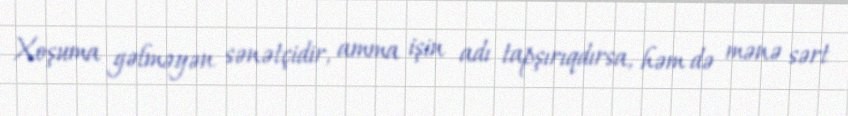
Xoşuma gəlməyən sənətçidir, amma işin adı tapşırıqdırsa, həm də mənə sərt